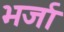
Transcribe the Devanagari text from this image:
भर्जा